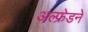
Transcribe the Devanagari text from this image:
अल्फ्रेडने